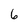
Character: 6